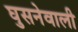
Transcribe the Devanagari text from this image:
घुसनेवाली